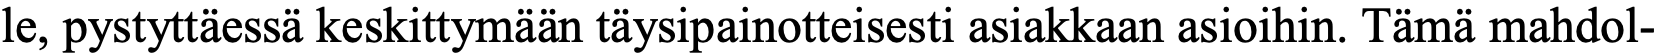
le, pystyttäessä keskittymään täysipainotteisesti asiakkaan asioihin. Tämä mahdol-